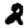
Digit: 2